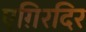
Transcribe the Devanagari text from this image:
एग़िरदिर